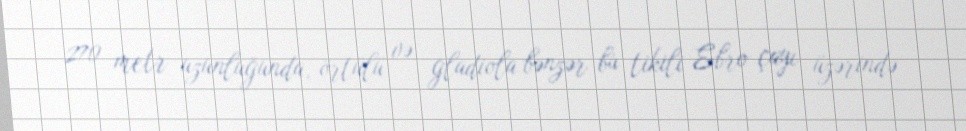
270 metr uzunluğunda, örtülü və gladiola bənzər bu tikili Ebro çayı üzərində